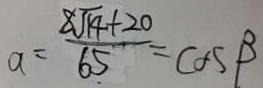
a = \frac { 8 \sqrt { 1 4 } + 2 0 } { 6 5 } = C O S \beta